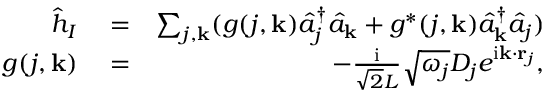
\begin{array} { r l r } { \hat { h } _ { I } } & { { } = } & { \sum _ { j , { \bf k } } ( g ( j , { \bf k } ) \hat { a } _ { j } ^ { \dagger } \hat { a } _ { { \bf k } } + g ^ { * } ( j , { \bf k } ) \hat { a } _ { { \bf k } } ^ { \dagger } \hat { a } _ { j } ) } \\ { g ( j , { \bf k } ) } & { { } = } & { - \frac { \mathrm { i } } { \sqrt { 2 } L } \sqrt { \omega _ { j } } D _ { j } e ^ { \mathrm { i } { \bf k } \cdot { \bf r } _ { j } } , } \end{array}